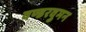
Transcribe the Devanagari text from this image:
वण्डरवुमन